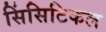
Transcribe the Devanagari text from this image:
सिंसिटिकल